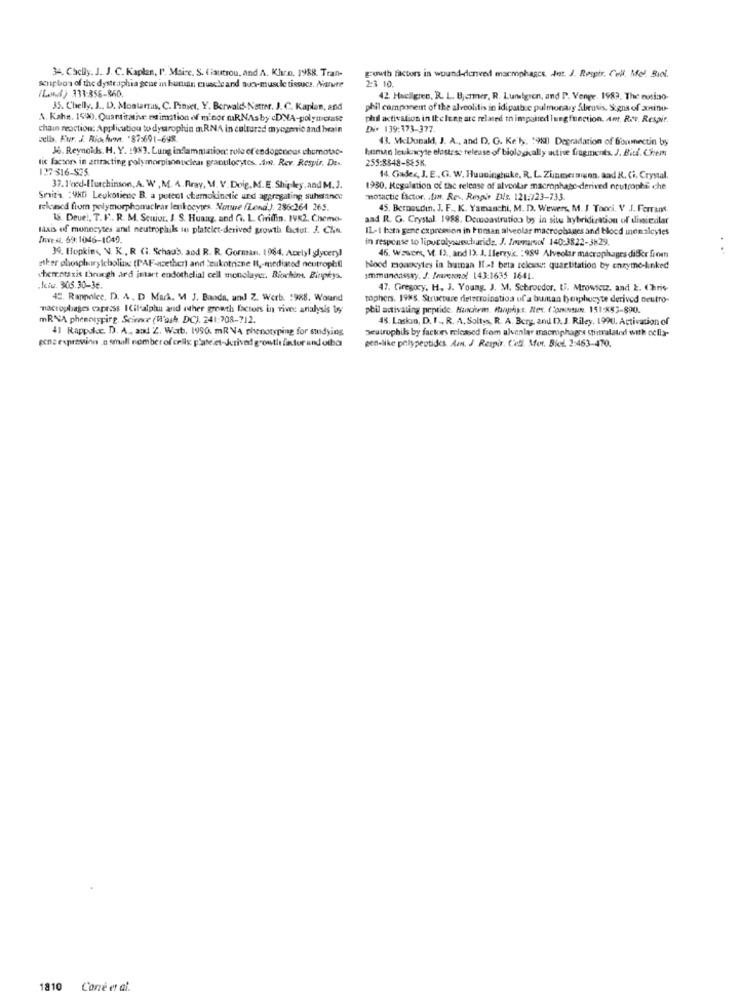
34. Chelly. J. J. C. Kaplan, I. Maire. S. (lautrou, and A. Khan. 1988. Tran-
growth factors in wound-derved marmphance. det. J. Respir. Cell. Mol. Biol.
2:3 10.
(L) 313:356-860.
seupton of the dystraphia gene in butuan cruacle and suomuscle tissucs. Ature
42 Hacalgren, R. L. Barmer, R. Lundgren, and P. Venge. 1983. The cusino-
35. Chelly, J ., D. Montarrus, C. Pinget, Y. Berwald-Natter. J. C. Kaplan, and
phil component of the alveolitis in idipatb.e pulmonary Abrutis, Signs of zosino-
A. Kahn. 1590. Quantitative edimation of minor mRNAsby cDNA-polyincase
phil activalion in Ihelene are related to impaired lung function. Ant. R.t. Respir.
chain reaction: Applicutiou to dystrophin m.RNA in cultured mysamic and brain
Di+ 139:173-377
wells. Fur. J. Richermn. "87:691-69R
43. McDonald, J. A ., and D. G. Ke'ly, "9%) Degradation of Sorumnectin by
Ja. Reynolds. H. Y. 1983. Lung inflammation: role of endogenous chumotat-
human leukocyte elastase release of biologically active fragments. J. Biti. Chem
lic factor in aniracting polymorpisonuclear granulocytes. Am. Rev. Respir. De ..
255:8848-885K.
127-316-825
14. Gades, J. E ., G. W. Huuninghuke, R. L. Zimmermann, and R. Ci. Crystal.
37. 1'eed-(Turchinson, A. W , M. A.Rray, M. V.Doig.M.E. Shipley,and M.J.
1950. Regulation of the release of alveolar macrophage-derived neutrophe che
Smith :4Kti Leukotiene B. a putedt chemokinetic und aggregating suhelince
motactic factor. .. Res. Respir Dis. 121:123-733.
rekuncd from polymorphonaclear leukocytes. Note (Lend). 286:264 265.
45. Bernaudin. J. F ., K. Yamanchi, M. D. Wewers, M. J Toori. V .J. Ferrans.
15. Deuel, T. F .. R. M. Scujur. J. S. Huang, and Gi. L. Ciriffin. 1982. Cheme-
aad R. G. Crystal 1988. Demoastrution by in situ hybridization of disierilar
taxis of monocytes and neutrophils to platelet-derived growth factor. J. Chn.
IL-1 bath gene expression in Human alveolar macrophages and bloed mnomalcytes
Invest. 69:1046-1049.
in response to lipucolysusscharide. J. Immarsol 140:3822-3829.
39. Hopkins, N. K ., R (i. Schaub, and R. R. Gorman. 1964, Amelyl glyceryl
46. Wawens, V. I), and I). J. Ilerzyk. : 959 Alveolar macrophages difer from
ather phosphorylcholine (PAF-wzether) and Leukotrizne I ,- mediated neutrophil
Nood monocytes in butnan Il-1 beta release quartitation by enzyme-linked
herrntaxis through ard istart endothelial cell monolayer. Blochim. Bioprys
Immunoassay. J. Imveronol 143:1635 1641.
Iciu. 305.30-36.
47. Gregory, H. J. Young. J. M. Schrooder. U. Mrowicz, and Ł. Chris
4. Rappeler. D. A. D Mark. M J. Banda, und Z. Werb. : 988. Wound
tophers. 198S. Structure determination of a buntan lymphocyte derived neutro-
macrophages capriss I Cilalpha and other growth factors in vives analysis by
phil activating peptide. Huchem. Manphyt. Rex. (Commun. 151:882-890.
mRNA phenoigrirg. Science (Wash. DC). 241:708-712.
48. Laskin, D. I ., R. A. Soltys, R. A. Berg, and. D. J. Riley, 199U. Activation of
41 Rappuloc. D. A ., and Z. Warb. 1990. mRVA phenotyping for studying
neutrophils by factors released from ulvenler macmphages stimulated with cells-
gensexpresion .a small number of cells: plate.et-Jurived growth fintor and olba
gen-like polypeptides. Am. J Respir. C'etl. Mer. Blod. 2:463-470.
1810 Carré et al.